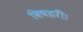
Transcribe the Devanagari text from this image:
विषहरी।